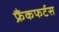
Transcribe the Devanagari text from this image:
फ्रैंकफर्टस